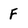
Character: F